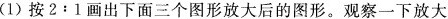
(1)按2:1画出下面三个图形放大后的图形。观察一下放大